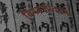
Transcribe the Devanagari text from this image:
विश्वजीवनात